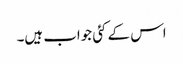
اس کے کئی جواب ہیں۔